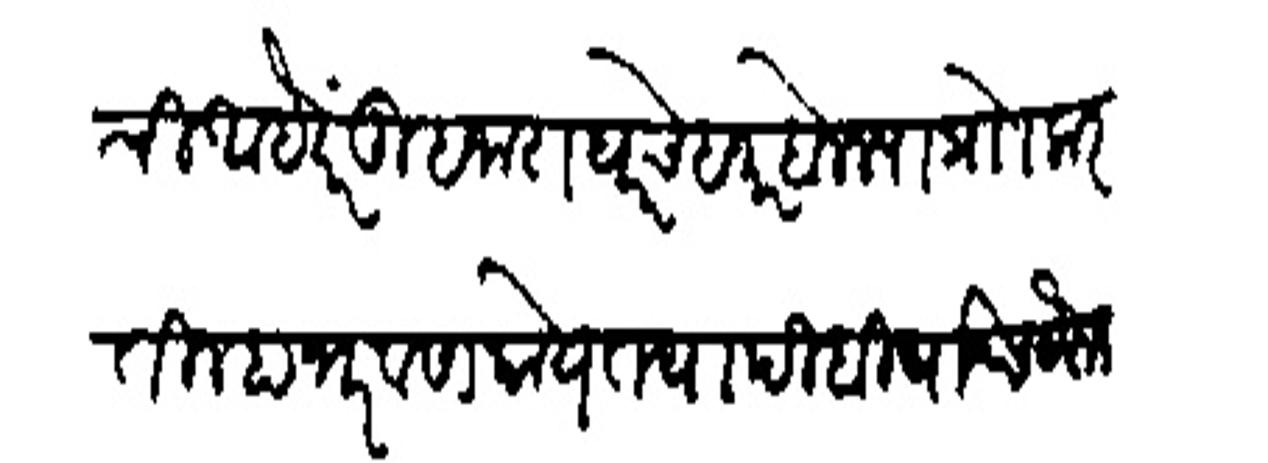
Transliteration (Devanagari): मार्गाची आहे परंतु हजाराधरचे हजार बोलत्या प्रोा करतील हा भरवसा काये तथापि बिघाडच ठरून